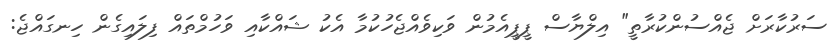
ސަރުކާރަށް ޖެއްސުންކުރާތީ" އިލްޔާސް ޕީޕީއެމުން ވަކިވެއްޖެހުކުމާ އެކު ޝައްކާއި ވަހުމްތައް ފިލައިގެން ހިނގައްޖެ: